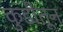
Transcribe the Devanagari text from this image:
कुडीतून